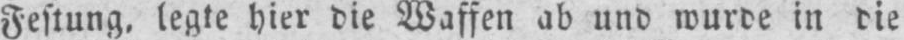
Festung, legte hier die Waffen ab und wurde in die